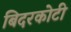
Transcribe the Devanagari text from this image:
बिदरकोटी